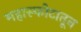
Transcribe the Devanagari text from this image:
महास्फोटातून